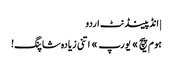
| انڈپینڈنٹ اردو
ہوم پیچ » یورپ » اتنی زیادہ شاپنگ!